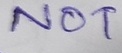
Text: NOT